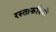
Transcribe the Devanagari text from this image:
रस्ताफरियों